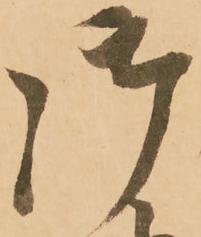
御